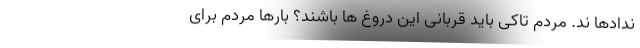
ندادها ند. مردم تاکی باید قربانی این دروغ ها باشند؟ بارها مردم برای